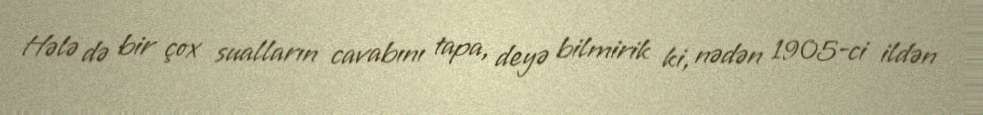
Hələ də bir çox sualların cavabını tapa, deyə bilmirik ki, nədən 1905-ci ildən